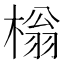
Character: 㮬